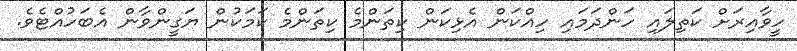
ހީވާއިރަށް ކަތިލައި ހަންދަމައި ހިއްކަން އެޅިކަން ކިތަންމެ ކިތަންމެ ކަމަކުން ޔަގީންވާން އެބަހުއްޓެވެ.